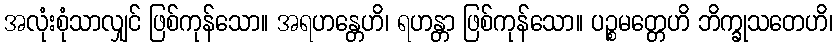
အလုံးစုံသာလျှင် ဖြစ်ကုန်သော။ အရဟန္တေဟိ၊ ရဟန္တာ ဖြစ်ကုန်သော။ ပဉ္စမတ္တေဟိ ဘိက္ခုသတေဟိ၊